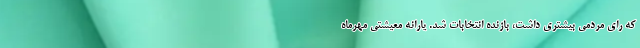
که رای مردمی بیشتری داشت، بازنده انتخابات شد. یارانه معیشتی مهرماه